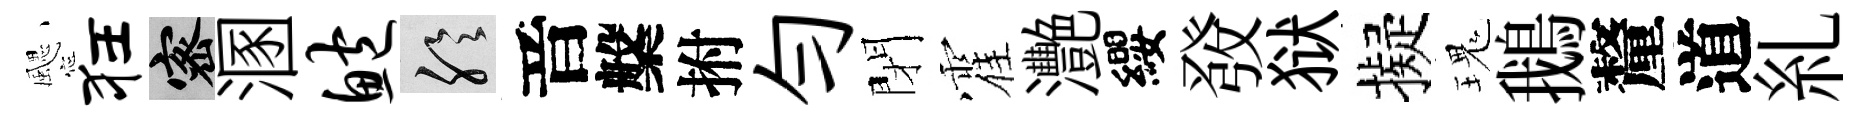
颸狂密溷鲍聆音槃拊勻閉霍灧纓𤼲狱擬瑰鵝釐道糺